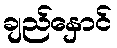
ချည်နှောင်